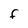
Character: F